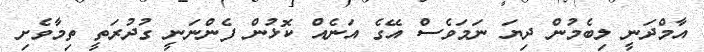
އާމްދަނީ ލިބެމުން ދިޔަ ނަމަވެސް އޭގެ އަނެއް ކޮޅުން ފެންނަނީ ގުދުރަތީ ތިމާވެށި